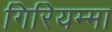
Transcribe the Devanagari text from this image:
गिरियम्मा